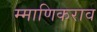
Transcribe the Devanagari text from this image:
म्माणिकराव